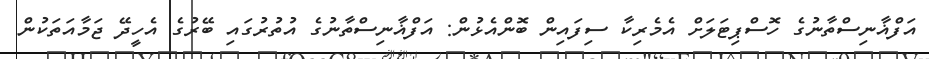
އަފްޣާނިސްތާނުގެ ހޮސްޕިޓަލަށް އެމެރިކާ ސިފައިން ބޮންއެޅުން: އަފްޣާނިސްތާނުގެ އުތުރުގައި ބޭރުގެ އެހީދޭ ޖަމާއަތަކުން